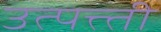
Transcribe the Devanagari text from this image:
उत्पत्त्ती